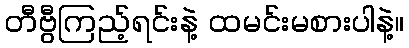
တီဗွီကြည့်ရင်းနဲ့ ထမင်းမစားပါနဲ့။